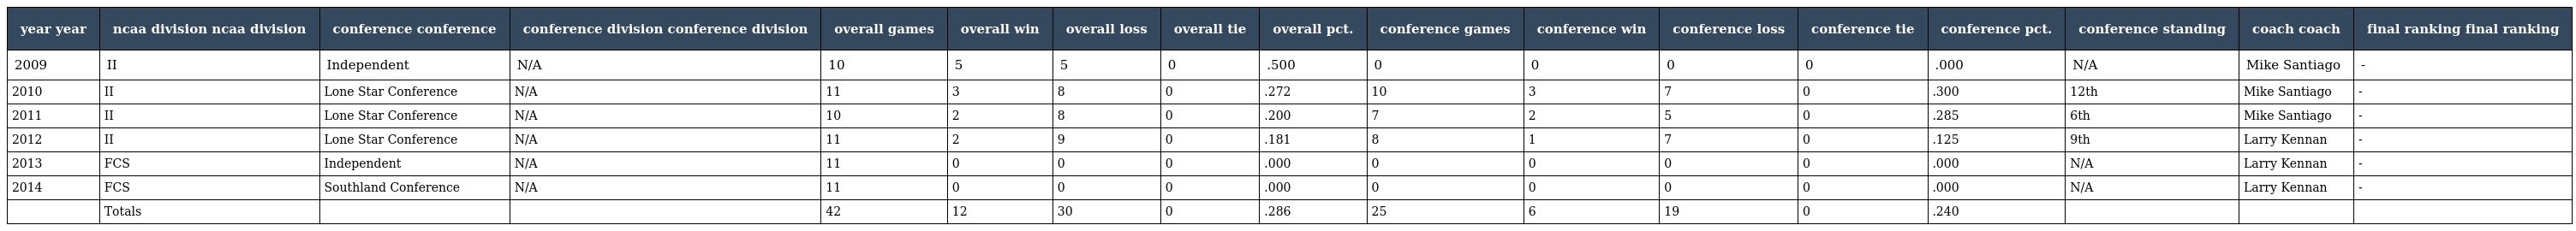
| year year | ncaa division ncaa division | conference conference | conference division conference division | overall games | overall win | overall loss | overall tie | overall pct. | conference games | conference win | conference loss | conference tie | conference pct. | conference standing | coach coach | final ranking final ranking |
 | --- | --- | --- | --- | --- | --- | --- | --- | --- | --- | --- | --- | --- | --- | --- | --- | --- |
 | 2009 | II | Independent | N/A | 10 | 5 | 5 | 0 | .500 | 0 | 0 | 0 | 0 | .000 | N/A | Mike Santiago | - |
 | 2010 | II | Lone Star Conference | N/A | 11 | 3 | 8 | 0 | .272 | 10 | 3 | 7 | 0 | .300 | 12th | Mike Santiago | - |
 | 2011 | II | Lone Star Conference | N/A | 10 | 2 | 8 | 0 | .200 | 7 | 2 | 5 | 0 | .285 | 6th | Mike Santiago | - |
 | 2012 | II | Lone Star Conference | N/A | 11 | 2 | 9 | 0 | .181 | 8 | 1 | 7 | 0 | .125 | 9th | Larry Kennan | - |
 | 2013 | FCS | Independent | N/A | 11 | 0 | 0 | 0 | .000 | 0 | 0 | 0 | 0 | .000 | N/A | Larry Kennan | - |
 | 2014 | FCS | Southland Conference | N/A | 11 | 0 | 0 | 0 | .000 | 0 | 0 | 0 | 0 | .000 | N/A | Larry Kennan | - |
 |  | Totals |  |  | 42 | 12 | 30 | 0 | .286 | 25 | 6 | 19 | 0 | .240 |  |  |  |